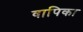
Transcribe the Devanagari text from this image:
वापिका